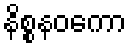
နိစ္စနဝကော